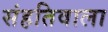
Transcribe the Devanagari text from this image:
संहतिवाला